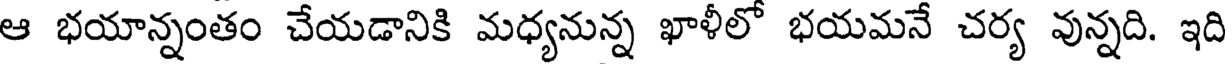
ఆ భయాన్నంతం చేయడానికి మధ్యనున్న ఖాళీలో భయమనే చర్య వున్నది. ఇది